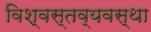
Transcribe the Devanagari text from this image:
विश्वस्तव्यवस्था